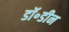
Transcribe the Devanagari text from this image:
डॉ॰डीन